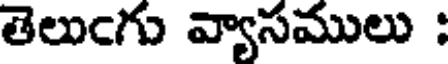
తెలుఁగు వ్యాసములు :